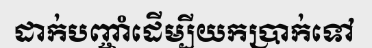
ដាក់បញ្ចាំដើម្បីយកប្រាក់ទៅ